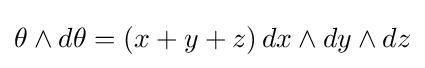
\theta \wedge d\theta =(x+y+z)\,dx\wedge dy\wedge dz